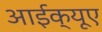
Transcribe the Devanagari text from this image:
आईक्यूए